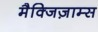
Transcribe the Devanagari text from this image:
मैक्जिज़ाम्स